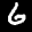
Label: 6